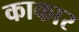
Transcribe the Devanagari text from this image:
काकार